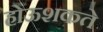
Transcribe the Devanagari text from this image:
होऊशकते